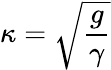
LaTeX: \kappa={\sqrt{\frac{g}{\gamma}}}